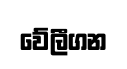
වේලීගන